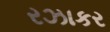
રઝાકર